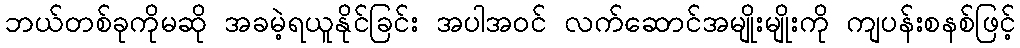
ဘယ်တစ်ခုကိုမဆို အခမဲ့ရယူနိုင်ခြင်း အပါအဝင် လက်ဆောင်အမျိုးမျိုးကို ကျပန်းစနစ်ဖြင့်